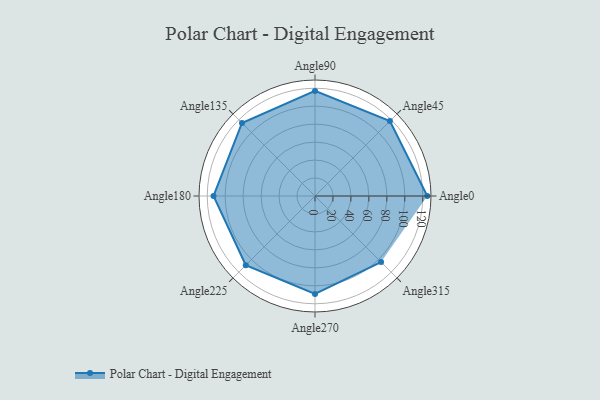
{"axis": {"x": "Angle", "y": "Radius"}, "legend": [""], "data": [{"x": "Angle0", "y": 125.0, "type": ""}, {"x": "Angle45", "y": 118.0, "type": ""}, {"x": "Angle90", "y": 117.0, "type": ""}, {"x": "Angle135", "y": 115.0, "type": ""}, {"x": "Angle180", "y": 113.0, "type": ""}, {"x": "Angle225", "y": 109.0, "type": ""}, {"x": "Angle270", "y": 109.0, "type": ""}, {"x": "Angle315", "y": 104.0, "type": ""}]}